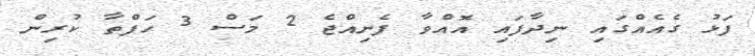
ފަޅު ގެއެއްގައި ނިދާފައި އޮއްވާ ފެނިއްޖެ 2 މަސް 3 ހަފްތާ ކުރިން